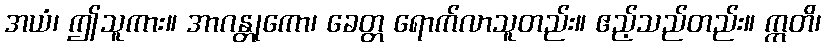
အယံ၊ ဤသူကား။ အာဂန္တုကော၊ ခေတ္တ ရောက်လာသူတည်း။ ဧည့်သည်တည်း။ ဣတိ၊